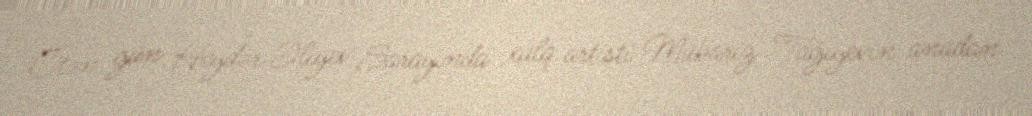
Ötən gün Heydər Əliyev Sarayında xalq artisti Mübariz Tağıyevin anadan